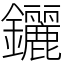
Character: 𨰣